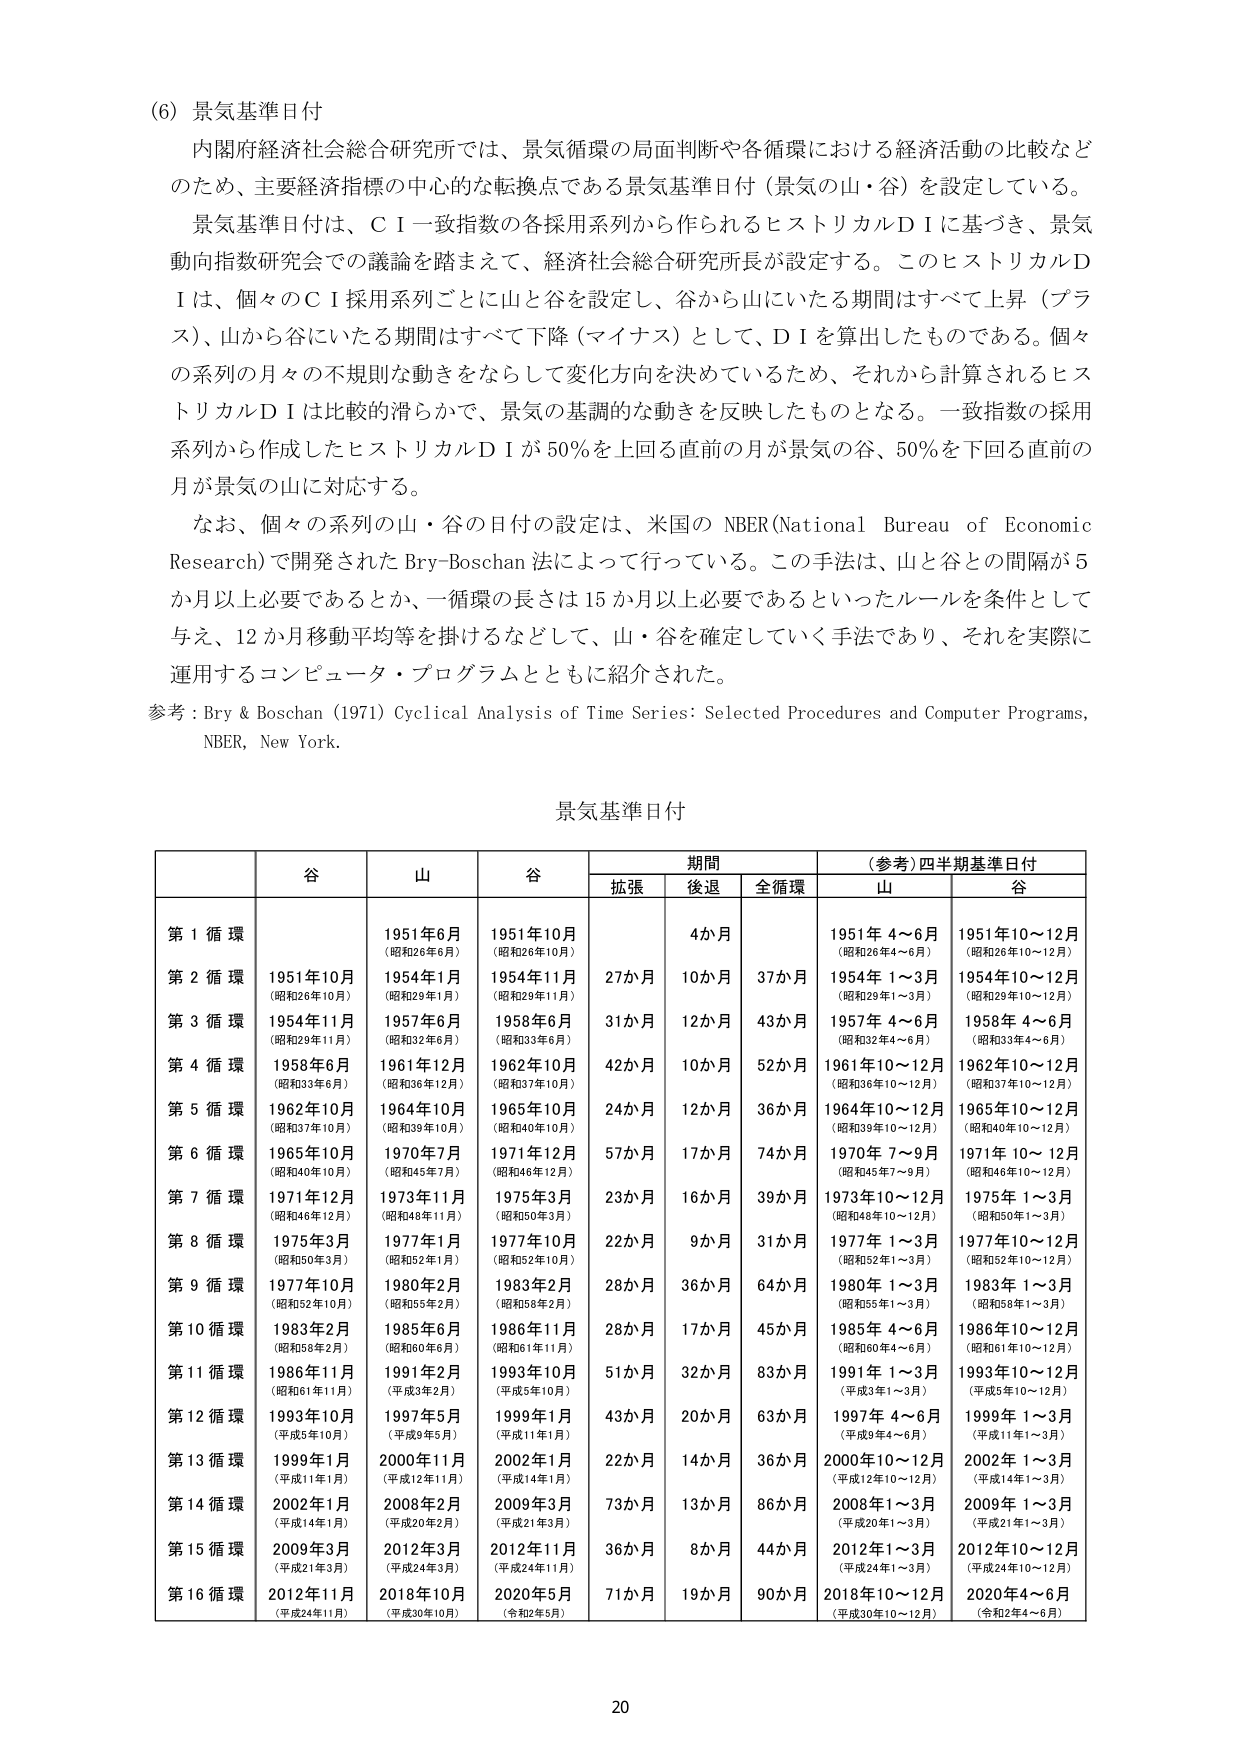
(6) 景気基準日付

内閣府経済社会総合研究所では、景気循環の局面判断や各循環における経済活動の比較などのため、主要経済指標の中心的な転換点である景気基準日付（景気の山・谷）を設定している。

景気基準日付は、ＣＩ一致指数の各採用系列から作られるヒストリカルＤＩに基づき、景気動向指数研究会での議論を踏まえて、経済社会総合研究所長が設定する。このヒストリカルＤＩは、個々のＣＩ採用系列ごとに山と谷を設定し、谷から山にいたる期間はすべて上昇（プラス）、山から谷にいたる期間はすべて下降（マイナス）として、ＤＩを算出したものである。個々の系列の月々の不規則な動きをならして変化方向を決めているため、それから計算されるヒストリカルＤＩは比較的滑らかで、景気の基調的な動きを反映したものとなる。一致指数の採用系列から作成したヒストリカルＤＩが50％を上回る直前の月が景気の谷、50％を下回る直前の月が景気の山に対応する。

なお、個々の系列の山・谷の日付の設定は、米国の NBER(National Bureau of Economic Research)で開発された Bry-Boschan 法によって行っている。この手法は、山と谷との間隔が5か月以上必要であるとか、一循環の長さは15か月以上必要であるといったルールを条件として与え、12か月移動平均等を掛けるなどして、山・谷を確定していく手法であり、それを実際に運用するコンピュータ・プログラムとともに紹介された。

参考：Bry & Boschan (1971) Cyclical Analysis of Time Series: Selected Procedures and Computer Programs, NBER, New York.

景気基準日付

| | 谷 | 山 | 谷 | 期間 | | (参考)四半期基準日付 |
|---|---|---|---|---|---|---|
| | | | | 拡張 | 後退 | 全循環 | 山 | 谷 |
| 第1循環 | | 1951年6月<br>(昭和26年6月) | 1951年10月<br>(昭和26年10月) | 4か月 | | | 1951年4～6月<br>(昭和26年4～6月) | 1951年10～12月<br>(昭和26年10～12月) |
| 第2循環 | 1951年10月<br>(昭和26年10月) | 1954年1月<br>(昭和29年1月) | 1954年11月<br>(昭和29年11月) | 27か月 | 10か月 | 37か月 | 1954年1～3月<br>(昭和29年1～3月) | 1954年10～12月<br>(昭和29年10～12月) |
| 第3循環 | 1954年11月<br>(昭和29年11月) | 1957年6月<br>(昭和32年6月) | 1958年6月<br>(昭和33年6月) | 31か月 | 12か月 | 43か月 | 1957年4～6月<br>(昭和32年4～6月) | 1958年4～6月<br>(昭和33年4～6月) |
| 第4循環 | 1958年6月<br>(昭和33年6月) | 1961年12月<br>(昭和36年12月) | 1962年10月<br>(昭和37年10月) | 42か月 | 10か月 | 52か月 | 1961年10～12月<br>(昭和36年10～12月) | 1962年10～12月<br>(昭和37年10～12月) |
| 第5循環 | 1962年10月<br>(昭和37年10月) | 1964年10月<br>(昭和39年10月) | 1965年10月<br>(昭和40年10月) | 24か月 | 12か月 | 36か月 | 1964年10～12月<br>(昭和39年10～12月) | 1965年10～12月<br>(昭和40年10～12月) |
| 第6循環 | 1965年10月<br>(昭和40年10月) | 1970年7月<br>(昭和45年7月) | 1971年12月<br>(昭和46年12月) | 57か月 | 17か月 | 74か月 | 1970年7～9月<br>(昭和45年7～9月) | 1971年10～12月<br>(昭和46年10～12月) |
| 第7循環 | 1971年12月<br>(昭和46年12月) | 1973年11月<br>(昭和48年11月) | 1975年3月<br>(昭和50年3月) | 23か月 | 16か月 | 39か月 | 1973年10～12月<br>(昭和48年10～12月) | 1975年1～3月<br>(昭和50年1～3月) |
| 第8循環 | 1975年3月<br>(昭和50年3月) | 1977年1月<br>(昭和52年1月) | 1977年10月<br>(昭和52年10月) | 22か月 | 9か月 | 31か月 | 1977年1～3月<br>(昭和52年1～3月) | 1977年10～12月<br>(昭和52年10～12月) |
| 第9循環 | 1977年10月<br>(昭和52年10月) | 1980年2月<br>(昭和55年2月) | 1983年2月<br>(昭和58年2月) | 28か月 | 36か月 | 64か月 | 1980年1～3月<br>(昭和55年1～3月) | 1983年1～3月<br>(昭和58年1～3月) |
| 第10循環 | 1983年2月<br>(昭和58年2月) | 1985年6月<br>(昭和60年6月) | 1986年11月<br>(昭和61年11月) | 28か月 | 17か月 | 45か月 | 1985年4～6月<br>(昭和60年4～6月) | 1986年10～12月<br>(昭和61年10～12月) |
| 第11循環 | 1986年11月<br>(昭和61年11月) | 1991年2月<br>(平成3年2月) | 1993年10月<br>(平成5年10月) | 51か月 | 32か月 | 83か月 | 1991年1～3月<br>(平成3年1～3月) | 1993年10～12月<br>(平成5年10～12月) |
| 第12循環 | 1993年10月<br>(平成5年10月) | 1997年5月<br>(平成9年5月) | 1999年1月<br>(平成11年1月) | 43か月 | 20か月 | 63か月 | 1997年4～6月<br>(平成9年4～6月) | 1999年1～3月<br>(平成11年1～3月) |
| 第13循環 | 1999年1月<br>(平成11年1月) | 2000年11月<br>(平成12年11月) | 2002年1月<br>(平成14年1月) | 22か月 | 14か月 | 36か月 | 2000年10～12月<br>(平成12年10～12月) | 2002年1～3月<br>(平成14年1～3月) |
| 第14循環 | 2002年1月<br>(平成14年1月) | 2008年2月<br>(平成20年2月) | 2009年3月<br>(平成21年3月) | 73か月 | 13か月 | 86か月 | 2008年1～3月<br>(平成20年1～3月) | 2009年1～3月<br>(平成21年1～3月) |
| 第15循環 | 2009年3月<br>(平成21年3月) | 2012年3月<br>(平成24年3月) | 2012年11月<br>(平成24年11月) | 36か月 | 8か月 | 44か月 | 2012年1～3月<br>(平成24年1～3月) | 2012年10～12月<br>(平成24年10～12月) |
| 第16循環 | 2012年11月<br>(平成24年11月) | 2018年10月<br>(平成30年10月) | 2020年5月<br>(令和2年5月) | 71か月 | 19か月 | 90か月 | 2018年10～12月<br>(平成30年10～12月) | 2020年4～6月<br>(令和2年4～6月) |

20